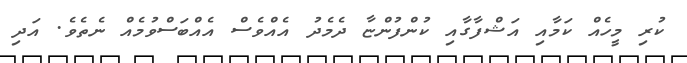
ކުރި މީހެއް ކަމާއި އަޝްފާގާއި ކުންފުންޏާ ދެމެދު އެއްވެސް އެއްބަސްވުމެއް ނެތެވެ. އަދި